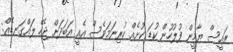
ރައީސް ޔާމީން ފުލުހުން ކުޑަ ކުށެއް ކުރިނަމަވެސް އެއީ އަބަދަށް ޖެހޭ ލައްގަނޑެއް: